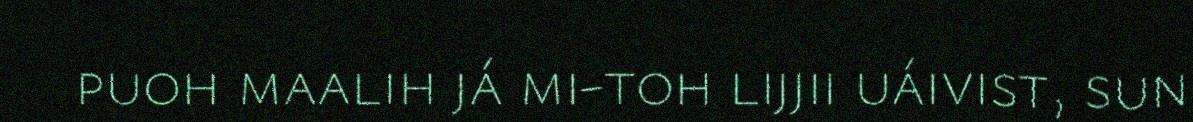
puoh maalih já mi-toh lijjii uáivist, sun